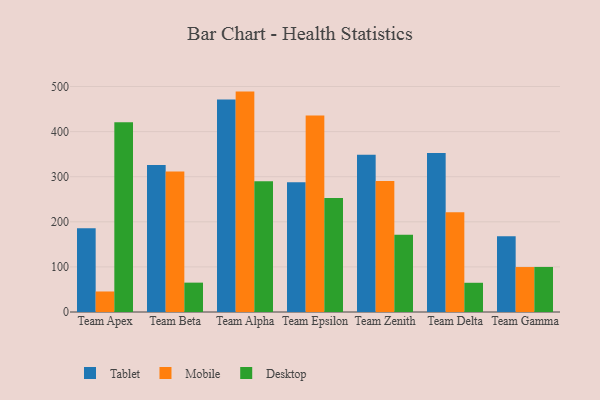
{"axis": {"x": "Team", "y": "Production Output"}, "legend": ["Desktop", "Mobile", "Tablet"], "data": [{"x": "Team Apex", "y": 185.9, "type": "Tablet"}, {"x": "Team Apex", "y": 45.5, "type": "Mobile"}, {"x": "Team Apex", "y": 421.0, "type": "Desktop"}, {"x": "Team Beta", "y": 326.2, "type": "Tablet"}, {"x": "Team Beta", "y": 311.5, "type": "Mobile"}, {"x": "Team Beta", "y": 65.1, "type": "Desktop"}, {"x": "Team Alpha", "y": 471.4, "type": "Tablet"}, {"x": "Team Alpha", "y": 488.7, "type": "Mobile"}, {"x": "Team Alpha", "y": 289.7, "type": "Desktop"}, {"x": "Team Epsilon", "y": 287.7, "type": "Tablet"}, {"x": "Team Epsilon", "y": 435.5, "type": "Mobile"}, {"x": "Team Epsilon", "y": 252.5, "type": "Desktop"}, {"x": "Team Zenith", "y": 348.5, "type": "Tablet"}, {"x": "Team Zenith", "y": 290.2, "type": "Mobile"}, {"x": "Team Zenith", "y": 171.3, "type": "Desktop"}, {"x": "Team Delta", "y": 352.7, "type": "Tablet"}, {"x": "Team Delta", "y": 221.4, "type": "Mobile"}, {"x": "Team Delta", "y": 64.8, "type": "Desktop"}, {"x": "Team Gamma", "y": 168.2, "type": "Tablet"}, {"x": "Team Gamma", "y": 99.7, "type": "Mobile"}, {"x": "Team Gamma", "y": 99.9, "type": "Desktop"}]}